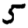
Digit: 5